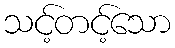
သင့်တင့်သော